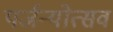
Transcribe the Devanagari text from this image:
पर्जन्योत्सव